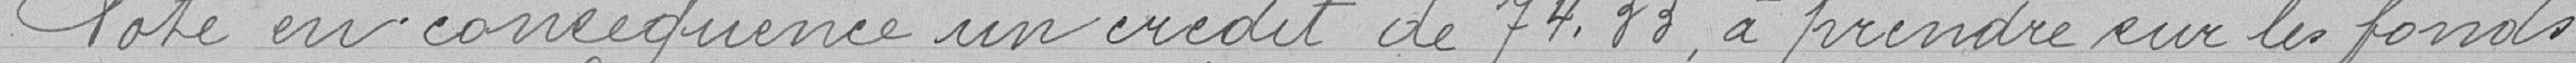
Vote en conséquence, un crédit de 74, 83 francs à à prendre sur les fonds